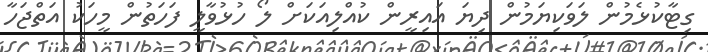
ގިޓާކުޅެމުން ލަވަކިޔަމުން ދިޔަ އައިރީން ކުއްލިއަކަށް ލޯ ހުޅުވާލީ ފަހަތުން މީހަކު އަތްޖަހާ